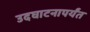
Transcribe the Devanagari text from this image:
उदघाटनापर्यंत